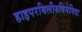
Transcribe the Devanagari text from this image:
हाइपरबिलीरुबिनेमिया